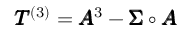
\pmb { T } ^ { ( 3 ) } = \pmb { A } ^ { 3 } - \pmb { \Sigma } \circ \pmb { A }